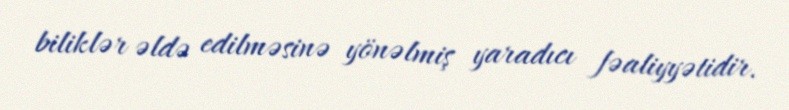
biliklər əldə edilməsinə yönəlmiş yaradıcı fəaliyyətidir.